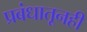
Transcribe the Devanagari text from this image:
प्रबंधातूनही